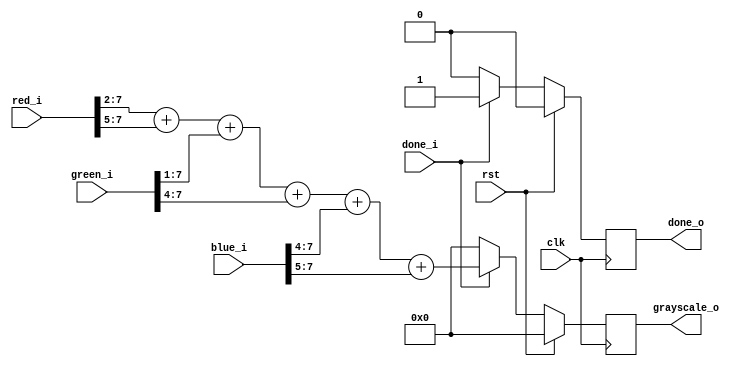
`timescale 1ns / 1ps
//////////////////////////////////////////////////////////////////////////////////
// Company: 
// Engineer: 
// 
// Design Name: 
// Module Name: rgb_to_grayscale
// Project Name: 
// Target Devices: 
// Tool Versions: 
// Description: 
// 
// Dependencies: 
// 
// Revision:
// Revision 0.01 - File Created
// Additional Comments:
// 
//////////////////////////////////////////////////////////////////////////////////


module rgb_to_grayscale(
    input clk,
    input rst,

    input [7:0] red_i,
    input [7:0] green_i,
    input [7:0] blue_i,

    input done_i,

    output reg [7:0] grayscale_o,
    output reg done_o
    );  



    //////////////////////////////////////////////////////////////////////////////////
    // gray = 0.3*R + 0.59*G + 0.11*B
    // To avoid floating point arithmetic calculation, 2 methods:
    // 1: Scale and rescale
    //  1024 * 0.3 = 307.2, 1024 * 0.59 = 604.16, 1024 * 0.11 = 112.64
    //  Y = (307R + 604G + 113B) >> 10
    // 2: Shift
    //  Y = 0.3*R + 0.59*G + 0.11*B
    //  Y = (R>>2) + (R>>5) + (G>>1) + (G>>4) + (B>>4) + (B>>5)
    //  Y = (R/2^2) + (R/2^5) + (G/2) + (G/2^4) + B(2^4) + (B/2^5)
    //  Y = R*(0.25+0.03125) + G*(0.5+0.0625) + B*(0.0625+0.03215)
    //
    // method 2 only uses shift and no multiply so is more efficient 
    //////////////////////////////////////////////////////////////////////////////////

    always@(posedge clk) begin
        if (rst) begin
            grayscale_o <= 0;
            done_o <= 0;
        end else begin
            if (done_i == 1) begin
                grayscale_o <= (red_i>>2) + (red_i>>5) + (green_i>>1) + (green_i>>4) + (blue_i>>4) + (blue_i>>5);
                done_o <= 1;
            end else begin
                grayscale_o <= 0;
                done_o <= 0;
            end
        end

    end



endmodule